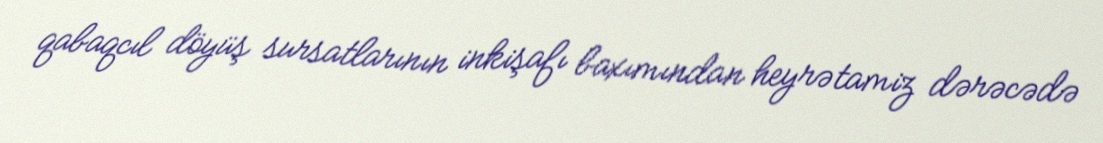
qabaqcıl döyüş sursatlarının inkişafı baxımından heyrətamiz dərəcədə